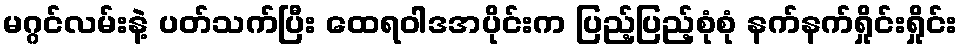
မဂ္ဂင်လမ်းနဲ့ ပတ်သက်ပြီး ထေရဝါဒအပိုင်းက ပြည့်ပြည့်စုံစုံ နက်နက်ရှိုင်းရှိုင်း